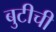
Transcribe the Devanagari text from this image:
बुटीची